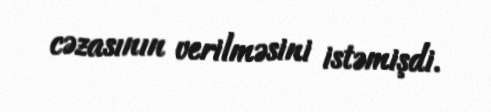
cəzasının verilməsini istəmişdi.